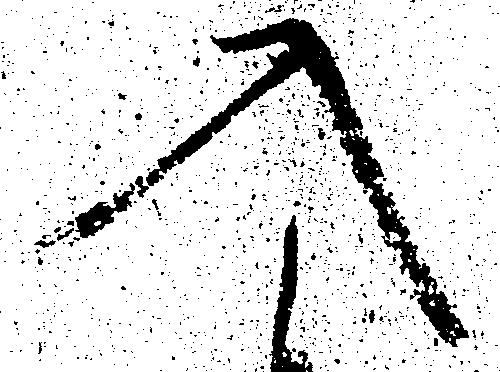
入